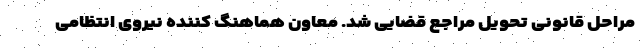
مراحل قانونی تحویل مراجع قضایی شد. معاون هماهنگ کننده نیروی انتظامی